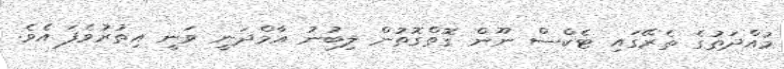
މުއްދަތުގެ ތެރޭގައި ޓެކްސް ނޫން ގޮތްގޮތުން ލިބުނު އާމްދަނީ ވަނީ އިތުރުވެފަ އެވެ.